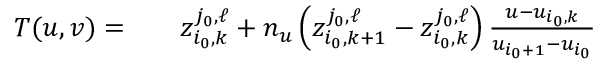
\begin{array} { r l r } { T ( u , v ) = } & { { } } & { z _ { i _ { 0 } , k } ^ { j _ { 0 } , \ell } + n _ { u } \left( z _ { i _ { 0 } , k + 1 } ^ { j _ { 0 } , \ell } - z _ { i _ { 0 } , k } ^ { j _ { 0 } , \ell } \right) \frac { u - u _ { i _ { 0 } , k } } { u _ { i _ { 0 } + 1 } - u _ { i _ { 0 } } } } \end{array}